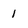
Character: 1